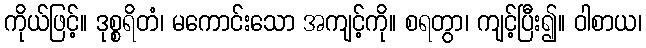
ကိုယ်ဖြင့်။ ဒုစ္စရိတံ၊ မကောင်းသော အကျင့်ကို။ စရတွာ၊ ကျင့်ပြီး၍။ ဝါစာယ၊